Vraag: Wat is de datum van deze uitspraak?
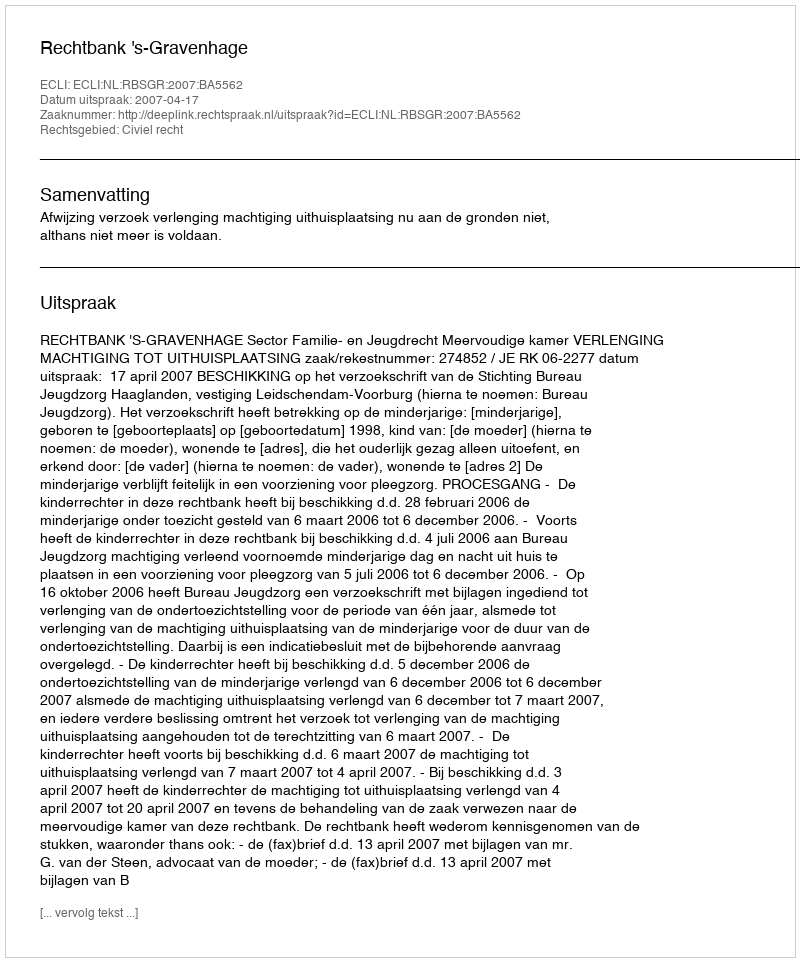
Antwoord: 2007-04-17